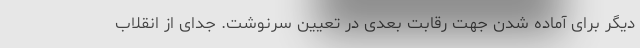
دیگر برای آماده شدن جهت رقابت بعدی در تعیین سرنوشت. جدای از انقلاب